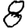
Digit: 8